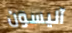
آليسون